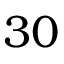
3 0